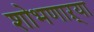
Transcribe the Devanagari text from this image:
शोभणाऱ्या